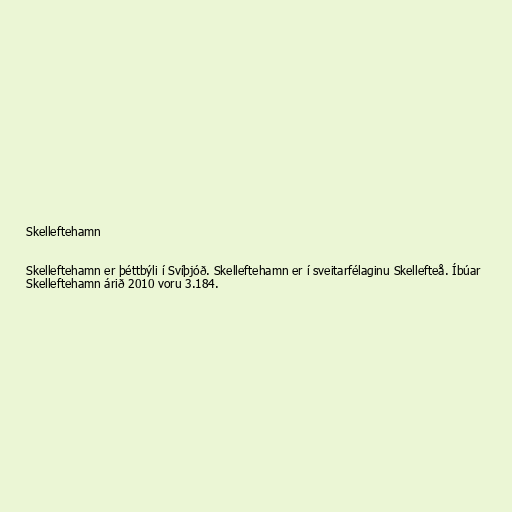
Skelleftehamn

Skelleftehamn er þéttbýli í Svíþjóð. Skelleftehamn er í sveitarfélaginu Skellefteå. Íbúar
Skelleftehamn árið 2010 voru 3.184.